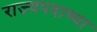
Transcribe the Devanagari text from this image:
राज्यपदाच्या